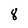
Character: 8